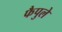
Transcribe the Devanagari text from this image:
फैपुले